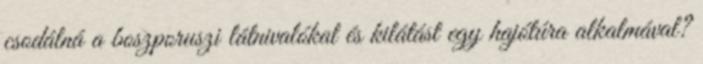
csodálná a boszporuszi látnivalókat és kilátást egy hajótúra alkalmával?